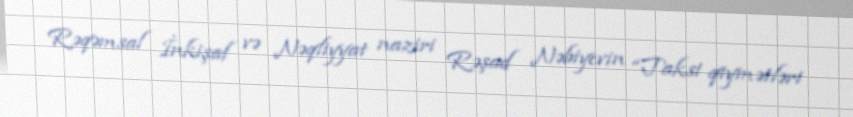
Rəqəmsal İnkişaf və Nəqliyyat naziri Rəşad Nəbiyevin “Taksi qiymətləri